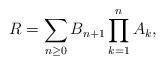
LaTeX: \begin{align*} R = \sum_{n \geq 0}{B_{n+1}\prod_{k=1}^n{A_k} }, \end{align*}